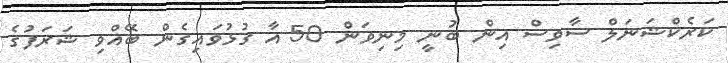
ކަރެކްޝަނަލް ސާވިސް އިން ބުނީ މިނިވަން 50 އާ ގުޅުވައިގެން ބޭއްވި ޝަރަފުގެ